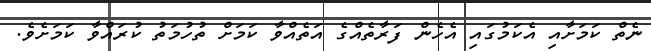
ނެތް ކަމަށާއި އެކަމުގައި އެހެން ފަރާތެއްގެ އަތެއްވާ ކަމަށް ތުހުމަތު ކުރައްވާ ކަމަށެވެ.